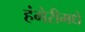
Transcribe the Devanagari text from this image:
हंगेरीमधे